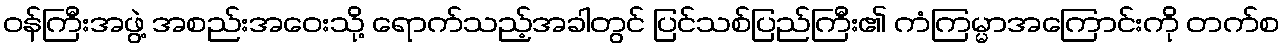
ဝန်ကြီးအဖွဲ့ အစည်းအဝေးသို့ ရောက်သည့်အခါတွင် ပြင်သစ်ပြည်ကြီး၏ ကံကြမ္မာအကြောင်းကို တက်စ